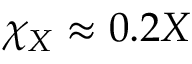
\chi _ { X } \approx 0 . 2 X